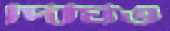
দিঘিও